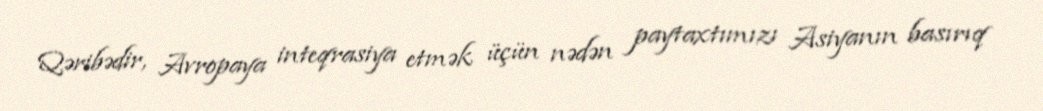
Qəribədir, Avropaya inteqrasiya etmək üçün nədən paytaxtımızı Asiyanın basırıq